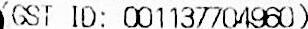
(GST ID: 001137704960)